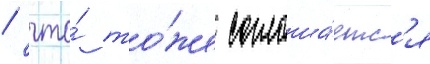
/ что́ то́же соглаша́етс'я